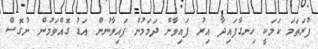
ފުރަތަމަ ކަމަކީ ހިނގާފައިދާ އިރު ފައިވާން ދަމަމުން ފައިވާނުން އަޑު ގޮއްވަމުން ނުގޮސް